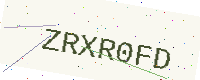
Text: ZRXR0FD